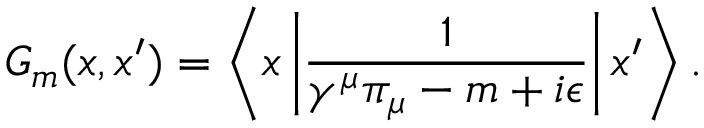
G _ { m } ( x , x ^ { \prime } ) = \left\langle x \left| \frac 1 { \gamma ^ { \mu } \pi _ { \mu } - m + i \epsilon } \right| x ^ { \prime } \right\rangle .